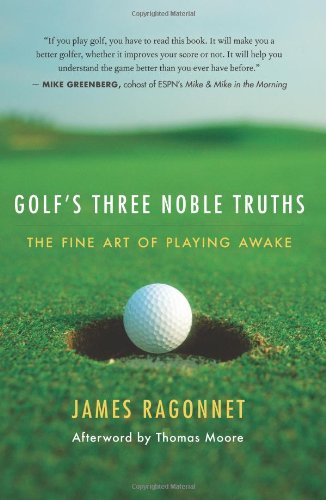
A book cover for Golf's Three Noble Truths: The Fine Art of Playing Awake; James L. Ragonnet; Sports & Outdoors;